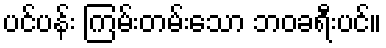
ပင်ပန်း ကြမ်းတမ်းသော ဘဝခရီးပင်။